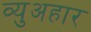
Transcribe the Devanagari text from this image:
व्युअहार